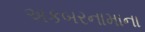
અકબરનામાના